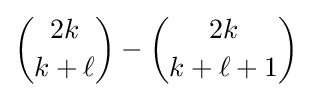
{\binom {2k}{k+\ell }}-{\binom {2k}{k+\ell +1}}